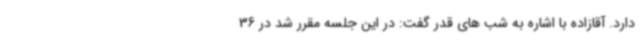
دارد. آقازاده با اشاره به شب های قدر گفت: در این جلسه مقرر شد در 36